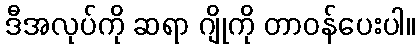
ဒီအလုပ်ကို ဆရာ ဂျိုကို တာဝန်ပေးပါ။